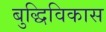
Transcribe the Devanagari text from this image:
बुद्धिविकास